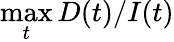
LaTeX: \operatorname*{max}_{t}D(t)/I(t)